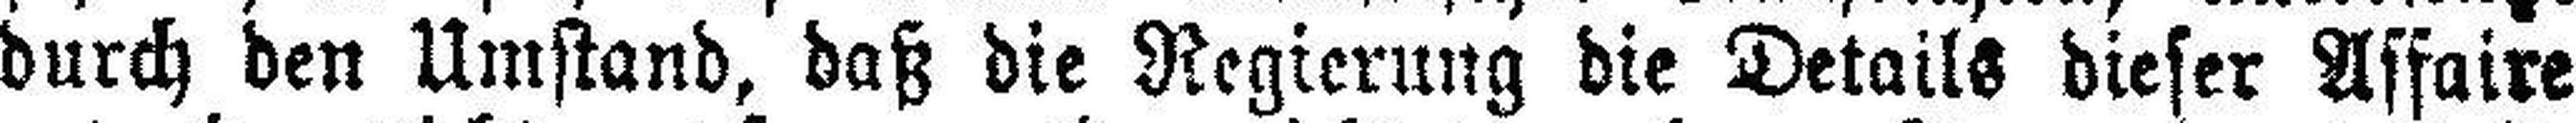
durch den Umstand, daß die Regierung die Details dieser Affaire